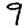
Digit: 9